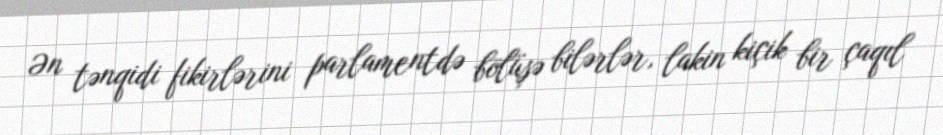
Ən tənqidi fikirlərini parlamentdə bölüşə bilərlər, lakin kiçik bir çaqıl